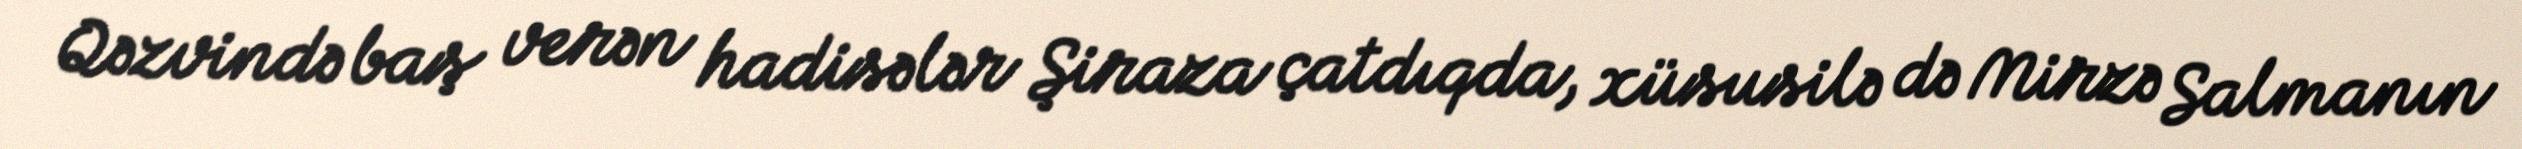
Qəzvində baş verən hadisələr Şiraza çatdıqda, xüsusilə də Mirzə Salmanın